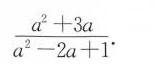
\frac { a ^ { 2 } + 3 a } { a ^ { 2 } - 2 a + 1 }$$.